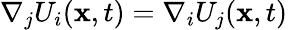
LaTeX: \nabla_{j}U_{i}(\mathbf{x},t)=\nabla_{i}U_{j}(\mathbf{x},t)